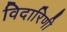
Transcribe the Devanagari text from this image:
विदारिणी